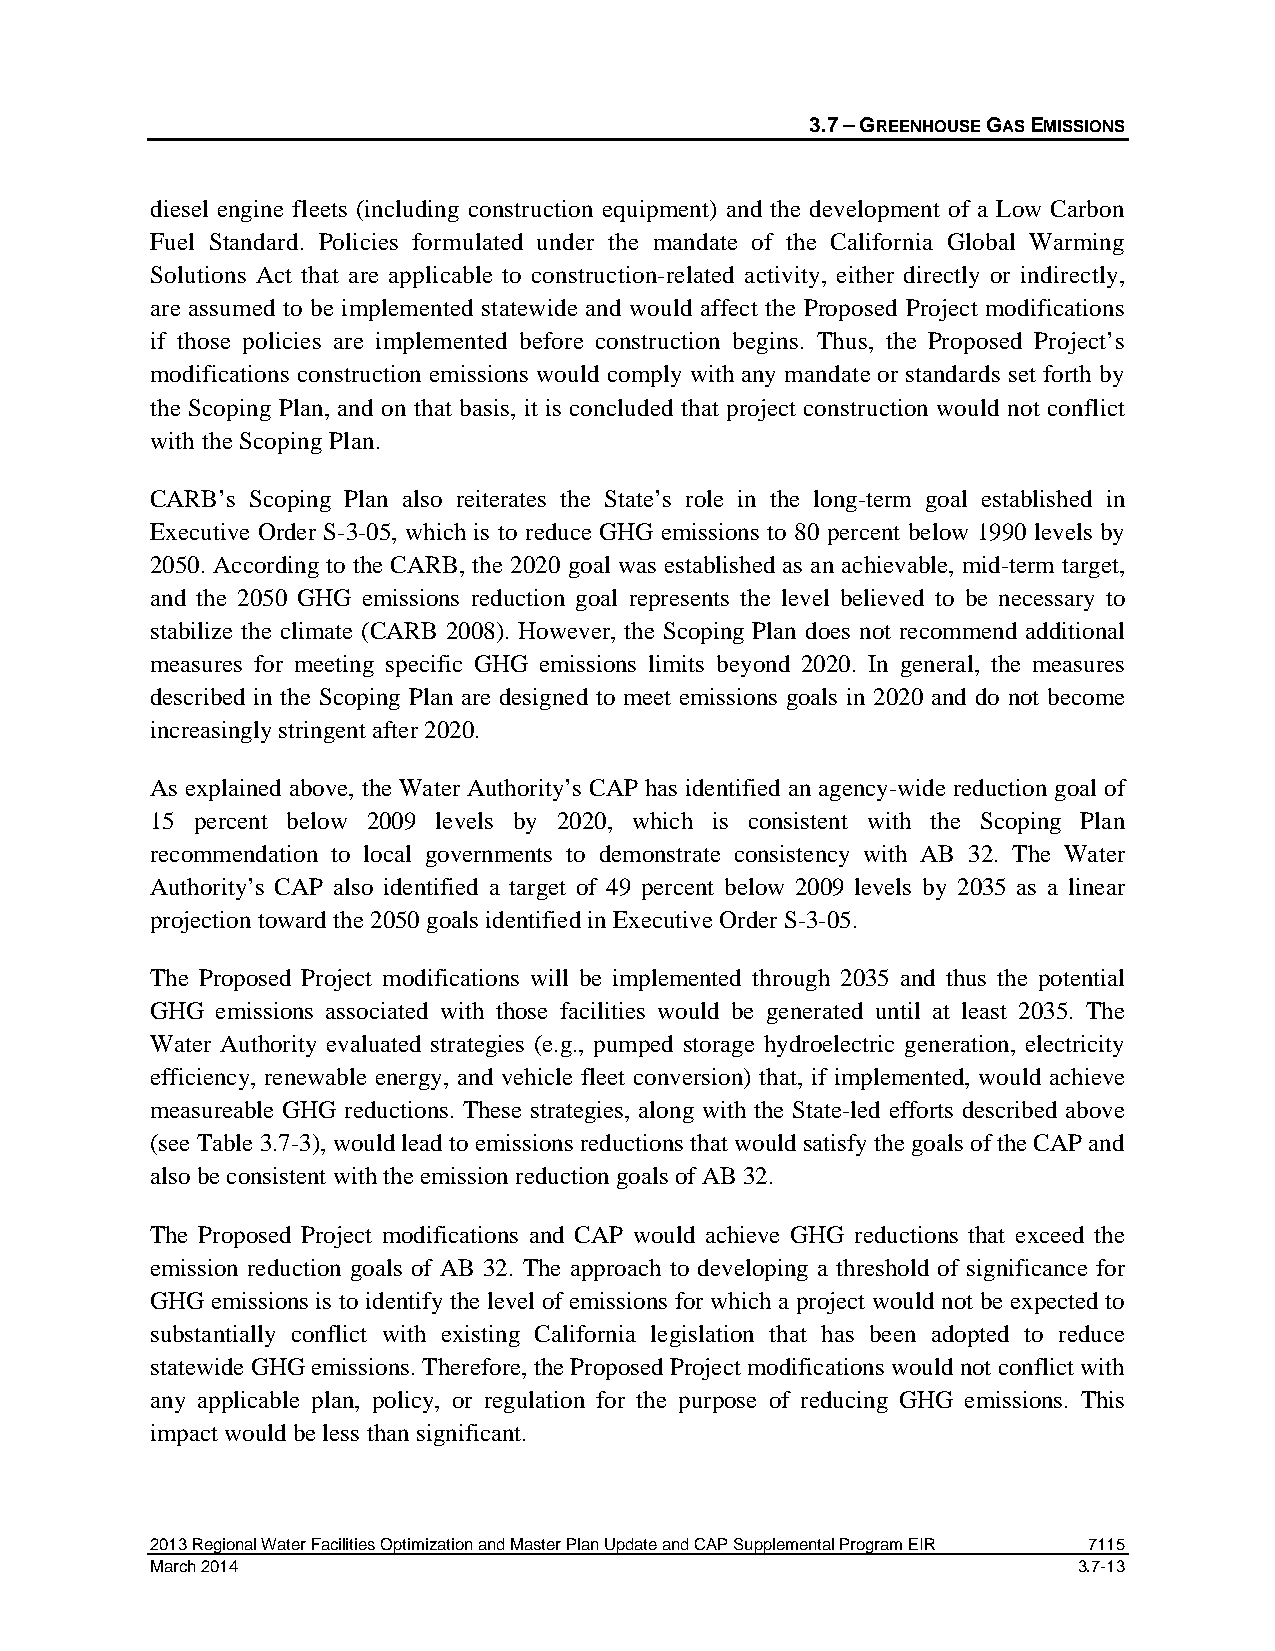
3.7 – GREENHOUSE GAS EMISSIONS
 diesel engine fleets (including construction equipment) and the development of a Low Carbon
 Fuel Standard. Policies formulated under the mandate of the California Global Warming
 Solutions Act that are applicable to construction-related activity, either directly or indirectly,
 are assumed to be implemented statewide and would affect the Proposed Project modifications
 if those policies are implemented before construction begins. Thus, the Proposed Project’s
 modifications construction emissions would comply with any mandate or standards set forth by
 the Scoping Plan, and on that basis, it is concluded that project construction would not conflict
 with the Scoping Plan.
 CARB’s Scoping Plan also reiterates the State’s role in the long-term goal established in
 Executive Order S-3-05, which is to reduce GHG emissions to 80 percent below 1990 levels by
 2050. According to the CARB, the 2020 goal was established as an achievable, mid-term target,
 and the 2050 GHG emissions reduction goal represents the level believed to be necessary to
 stabilize the climate (CARB 2008). However, the Scoping Plan does not recommend additional
 measures for meeting specific GHG emissions limits beyond 2020. In general, the measures
 described in the Scoping Plan are designed to meet emissions goals in 2020 and do not become
 increasingly stringent after 2020.
 As explained above, the Water Authority’s CAP has identified an agency-wide reduction goal of
 15 percent below 2009 levels by 2020, which is consistent with the Scoping Plan
 recommendation to local governments to demonstrate consistency with AB 32. The Water
 Authority’s CAP also identified a target of 49 percent below 2009 levels by 2035 as a linear
 projection toward the 2050 goals identified in Executive Order S-3-05.
 The Proposed Project modifications will be implemented through 2035 and thus the potential
 GHG emissions associated with those facilities would be generated until at least 2035. The
 Water Authority evaluated strategies (e.g., pumped storage hydroelectric generation, electricity
 efficiency, renewable energy, and vehicle fleet conversion) that, if implemented, would achieve
 measureable GHG reductions. These strategies, along with the State-led efforts described above
 (see Table 3.7-3), would lead to emissions reductions that would satisfy the goals of the CAP and
 also be consistent with the emission reduction goals of AB 32.
 The Proposed Project modifications and CAP would achieve GHG reductions that exceed the
 emission reduction goals of AB 32. The approach to developing a threshold of significance for
 GHG emissions is to identify the level of emissions for which a project would not be expected to
 substantially conflict with existing California legislation that has been adopted to reduce
 statewide GHG emissions. Therefore, the Proposed Project modifications would not conflict with
 any applicable plan, policy, or regulation for the purpose of reducing GHG emissions. This
 impact would be less than significant.
 2013 Regional Water Facilities Optimization and Master Plan Update and CAP Supplemental Program EIR 7115
 March 2014                                                   3.7-13